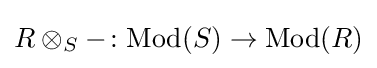
R\otimes _{S}-\colon {\text{Mod}}(S)\to {\text{Mod}}(R)